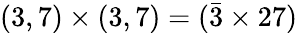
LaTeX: (3,7)\times(3,7)=(\bar{3}\times 27)